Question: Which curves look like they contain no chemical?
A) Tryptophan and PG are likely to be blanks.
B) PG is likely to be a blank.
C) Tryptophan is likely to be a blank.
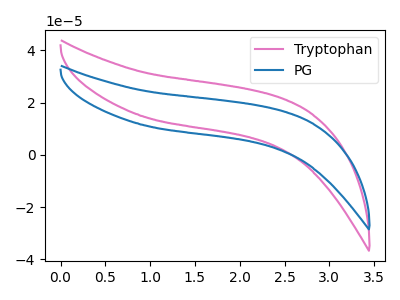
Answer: <think>The pink curve "Tryptophan" has no peaks. The blue curve "PG" has no peaks.</think>
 <answer>A) "Tryptophan" and "PG" are likely to be blanks.</answer>
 <eval>A</eval>